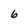
Character: 6